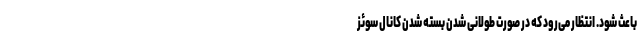
باعث شود. انتظار می‌رود که در صورت طولانی شدن بسته شدن کانال سوئز